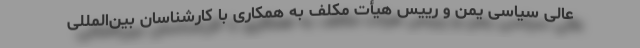
عالی سیاسی یمن و رییس هیأت مکلف به همکاری با کارشناسان بین‌المللی